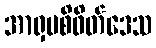
အာရှပစိဖိတ်ဒေသ